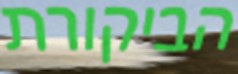
הביקורת